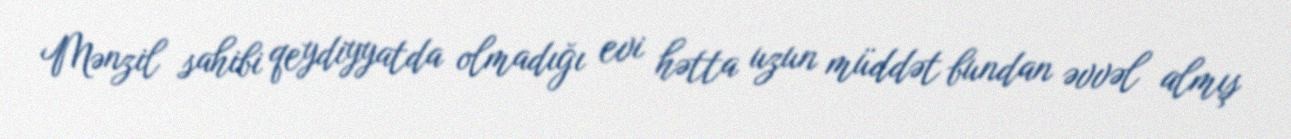
Mənzil sahibi qeydiyyatda olmadığı evi hətta uzun müddət bundan əvvəl almış